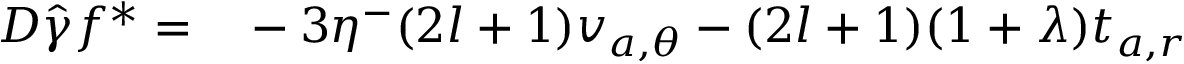
\begin{array} { r l } { D \hat { \gamma } f ^ { * } = } & { { } - 3 \eta ^ { - } ( 2 l + 1 ) v _ { a , \theta } - ( 2 l + 1 ) ( 1 + \lambda ) t _ { a , r } } \end{array}